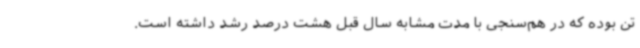
تن بوده که در هم‌سنجی با مدت مشابه سال قبل هشت درصد رشد داشته است.